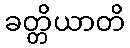
ခတ္တိယာတိ